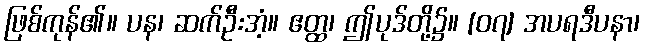
ဖြစ်ကုန်၏။ ပန၊ ဆက်ဦးအံ့။ ဧတ္ထ၊ ဤပုဒ်တို့၌။ [၀၇] အပရဒီပနာ၊